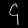
Digit: ၄